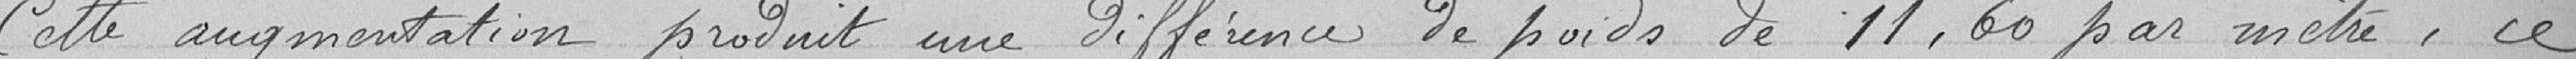
Cette augmentation produit une différence de poids de 11, 60 par mètre, ce